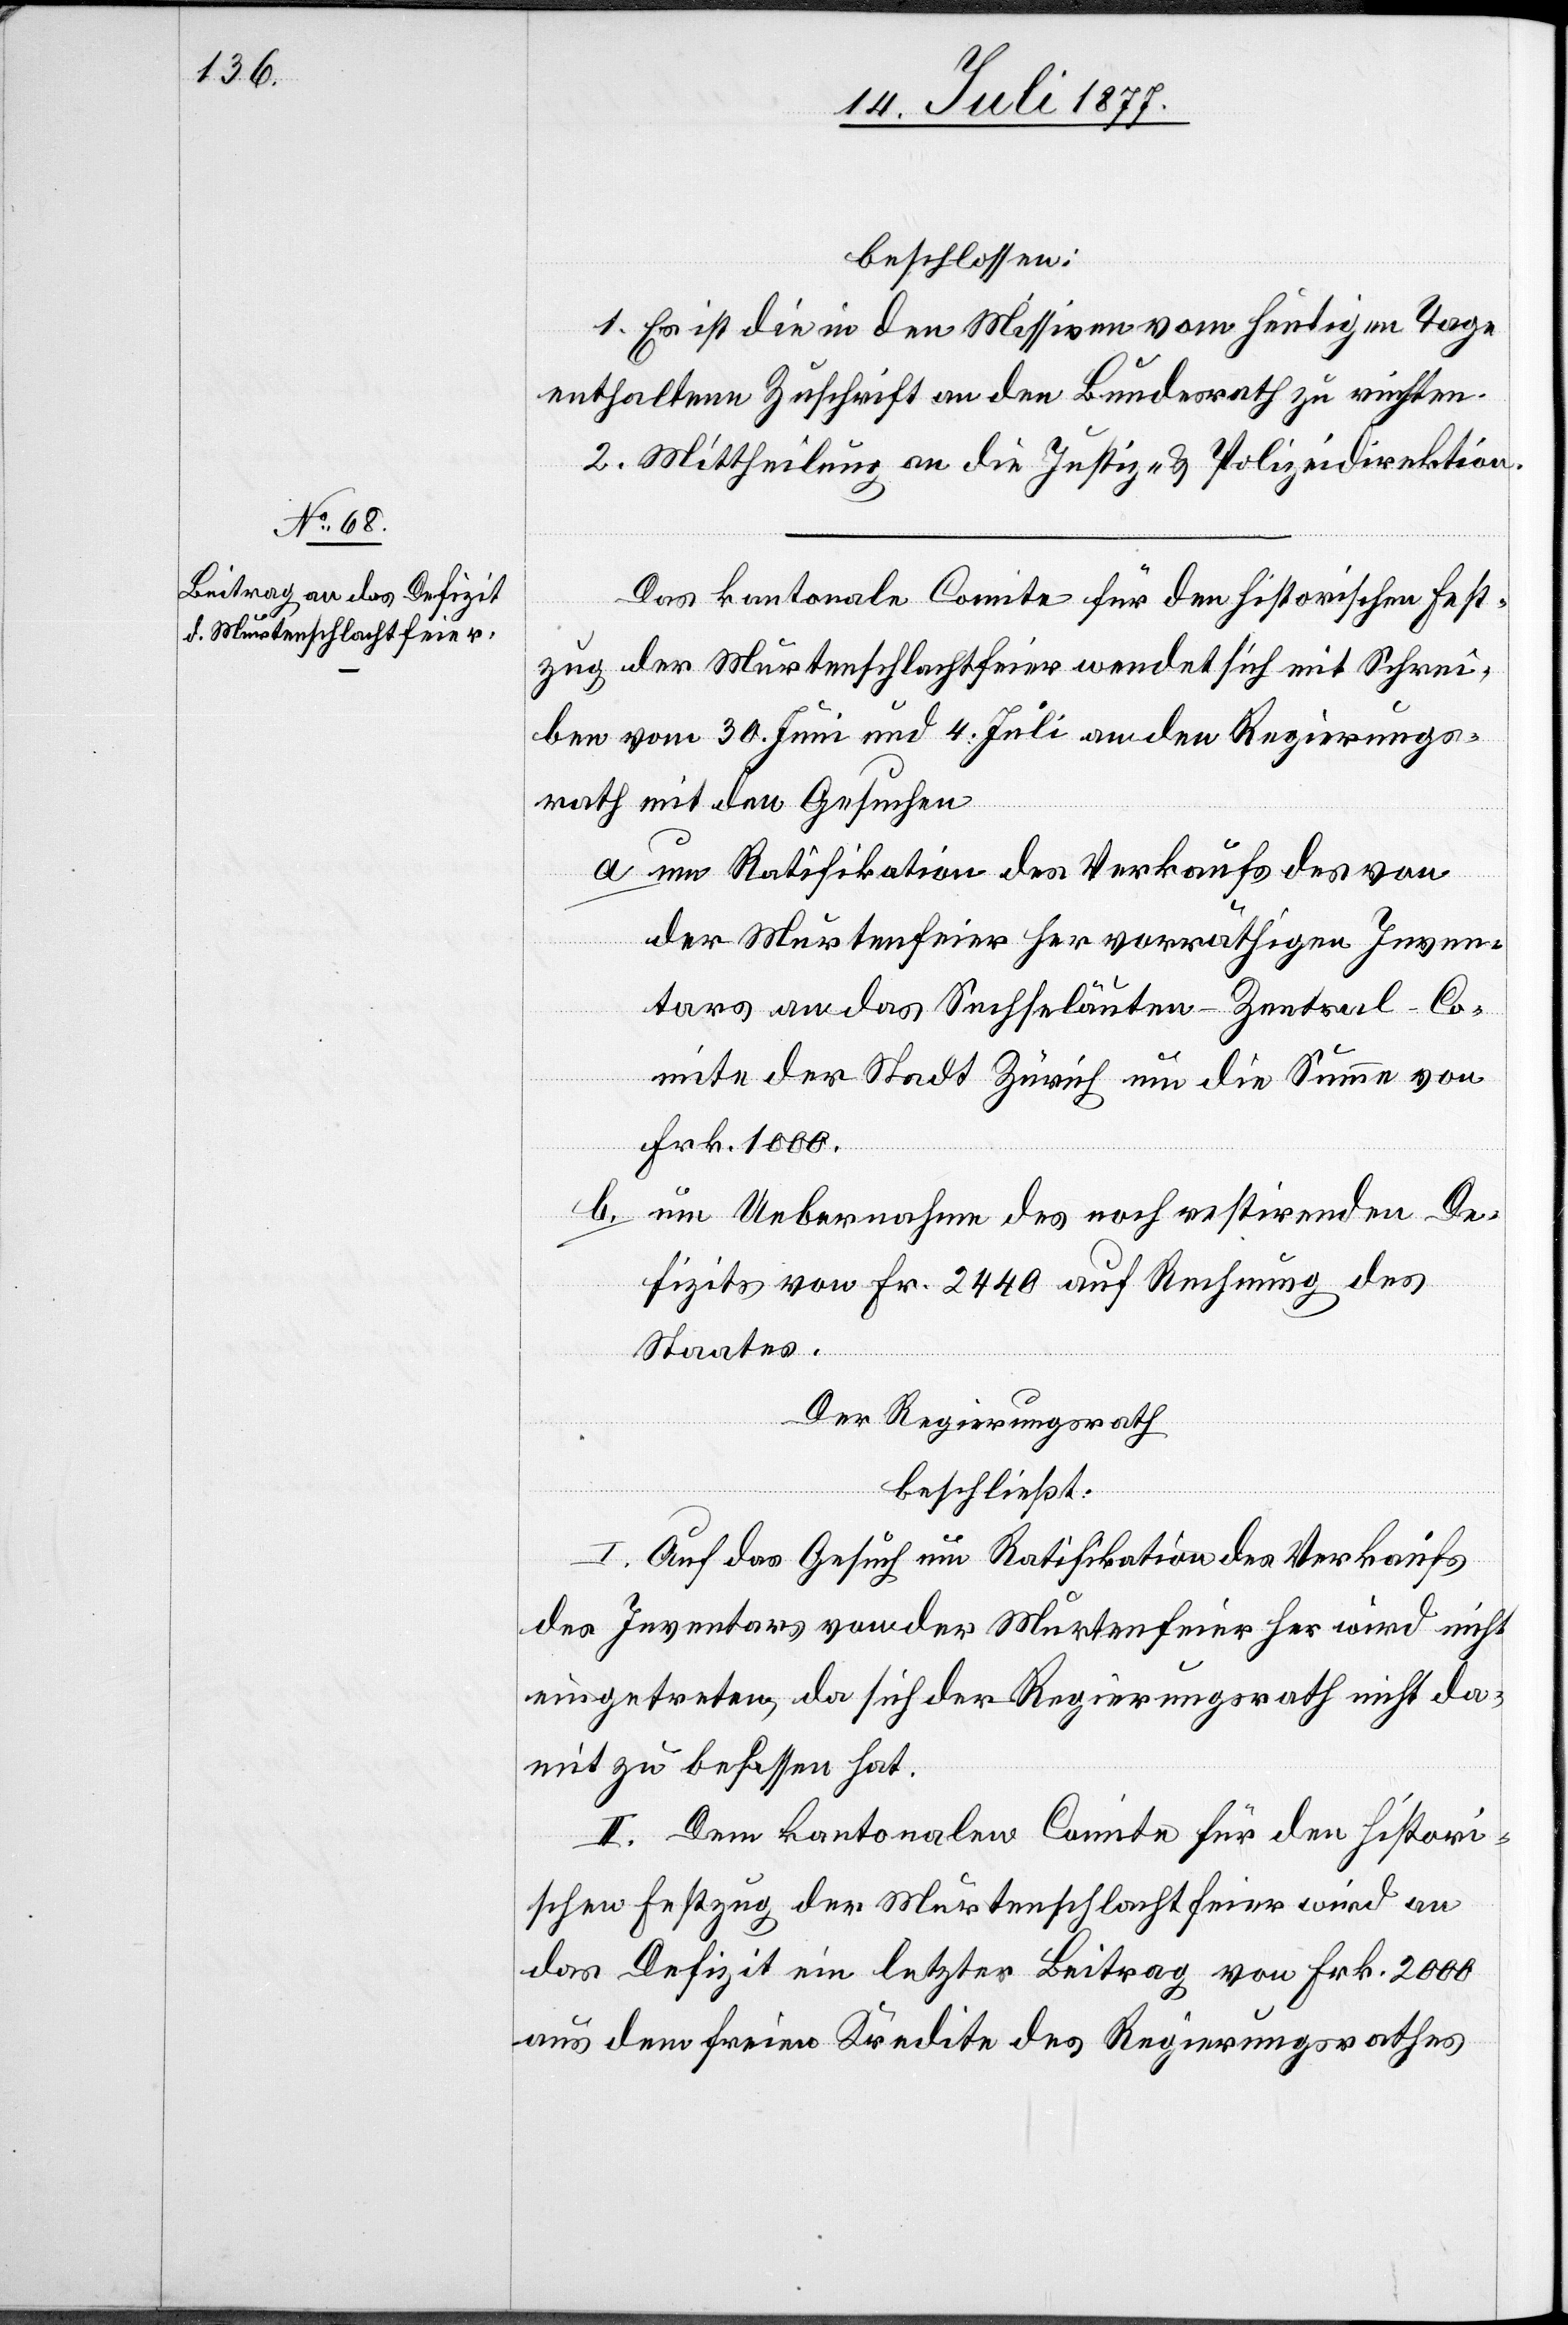
beschlossen:
1. Es ist die in den Missiven vom heutigen Tage
enthaltene Zuschrift an den Bundesrath zu richten.
2. Mittheilung an die Justiz- & Polizeidirektion.
Das kantonale Comite für den historischen Fest¬
zug der Murtenschlachtfeier wendet sich mit Schrei¬
ben vom 30. Juni und 4. Juli an den Regierungs¬
rath mit den Gesuchen
um Ratifikation des Verkaufs des von
der Murtenfeier her vorräthigen Inven¬
tars an das Sechseläuten-Zentral-Co¬
mite der Stadt Zürich um die Summe von
Frk. 1000.
um Uebernahme des noch restirenden De¬
fizits von Fr. 2440 auf Rechnung des
Staates.
Der Regierungsrath
beschließt:
I. Auf das Gesuch um Ratifikation des Verkaufs
des Inventars von der Murtenfeier her wird nicht
eingetreten, da sich der Regierungsrath nicht da¬
mit zu befassen hat.
II. Dem kantonalen Comite für den histori¬
schen Festzug der Murtenschlachtfeier wird an
das Defizit ein letzter Beitrag von Frk. 2000
aus dem freien Kredite des Regierungsrathes